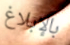
بالإبلاغ